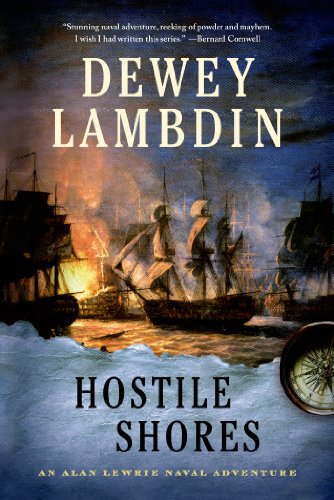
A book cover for Hostile Shores: An Alan Lewrie Naval Adventure (Alan Lewrie Naval Adventures); Dewey Lambdin; Literature & Fiction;